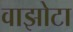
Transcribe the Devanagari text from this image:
वाझोटा